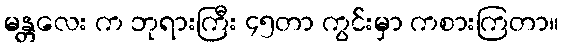
မန္တလေး က ဘုရားကြီး ၄၅တာ ကွင်းမှာ ကစားကြတာ။